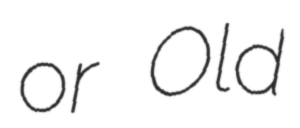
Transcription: or Old